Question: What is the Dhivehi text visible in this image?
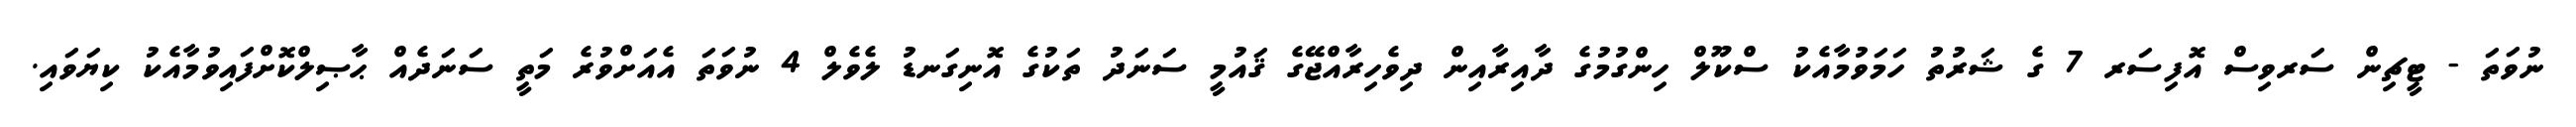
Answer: ނުވަތަ - ޓީޗިން ސަރވިސް އޮފިސަރ 7 ގެ ޝަރުތު ހަމަވުމާއެކު ސްކޫލް ހިންގުމުގެ ދާއިރާއިން ދިވެހިރާއްޖޭގެ ޤައުމީ ސަނަދު ތަކުގެ އޮނިގަނޑު ލެވެލް 4 ނުވަތަ އެއަށްވުރެ މަތީ ސަނަދެއް ޙާޞިލްކޮށްފައިވުމާއެކު ކިޔަވައި.